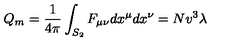
Q _ { m } = { \frac { 1 } { 4 \pi } } \int _ { S _ { 2 } } F _ { \mu \nu } d x ^ { \mu } d x ^ { \nu } = N v ^ { 3 } \lambda